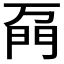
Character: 𲈦